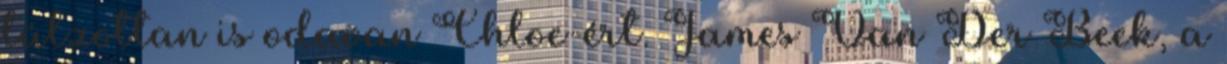
túlzottan is odavan Chloe-ért. James Van Der Beek, a